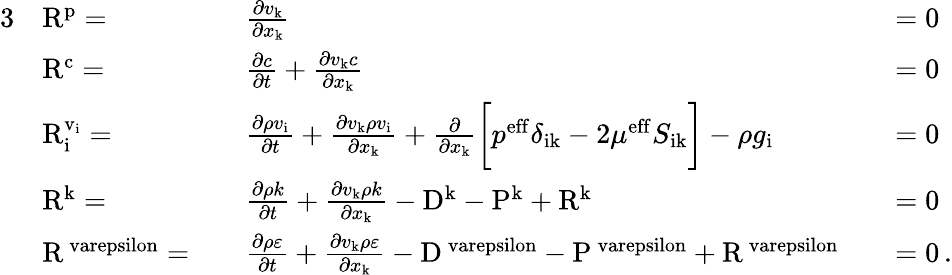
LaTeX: \begin{array}{rlrlrl}{{3}}&{\mathrm{R}^{\mathrm{p}}=}&&{\frac{\partial v_{\mathrm{k}}}{\partial x_{\mathrm{k}}}}&&{=0}\\ &{\mathrm{R}^{\mathrm{c}}=}&&{\frac{\partial c}{\partial t}+\frac{\partial v_{\mathrm{k}}c}{\partial x_{\mathrm{k}}}}&&{=0}\\ &{\mathrm{R}_{\mathrm{i}}^{\mathrm{v_{\mathrm{i}}}}=}&&{\frac{\partial\rho v_{\mathrm{i}}}{\partial t}+\frac{\partial v_{\mathrm{k}}\rho v_{\mathrm{i}}}{\partial x_{\mathrm{k}}}+\frac{\partial}{\partial x_{\mathrm{k}}}\bigg[p^{\mathrm{eff}}\delta_{\mathrm{ik}}-2\mu^{\mathrm{eff}}S_{\mathrm{ik}}\bigg]-\rho g_{\mathrm{i}}}&&{=0}\\ &{\mathrm{R}^{\mathrm{k}}=}&&{\frac{\partial\rho k}{\partial t}+\frac{\partial v_{\mathrm{k}}\rho k}{\partial x_{\mathrm{k}}}-\mathrm{D}^{\mathrm{k}}-\mathrm{P}^{\mathrm{k}}+\mathrm{R}^{\mathrm{k}}}&&{=0}\\ &{\mathrm{R}^{\mathrm{\ varepsilon}}=}&&{\frac{\partial\rho\varepsilon}{\partial t}+\frac{\partial v_{\mathrm{k}}\rho\varepsilon}{\partial x_{\mathrm{k}}}-\mathrm{D}^{\mathrm{\ varepsilon}}-\mathrm{P}^{\mathrm{\ varepsilon}}+\mathrm{R}^{\mathrm{\ varepsilon}}}&&{=0\, .}\end{array}